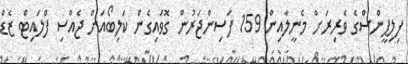
ފިލިޕީންސްގެ ވެރިރަށް މެނީލާއިން 159 ފަސިންޖަރުން ގޮވައިގެން ކަލިބޯއަށް ޖެއްސި ފްލައިޓް ޒެޑް